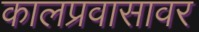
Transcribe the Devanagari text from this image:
कालप्रवासावर